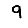
Digit: 9